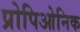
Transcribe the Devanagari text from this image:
प्रोपिओनिक